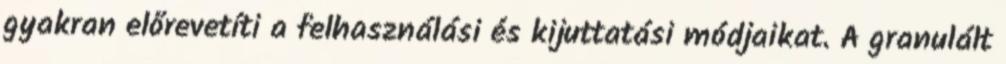
gyakran előrevetíti a felhasználási és kijuttatási módjaikat. A granulált